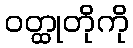
ဝတ္ထုတိုကို